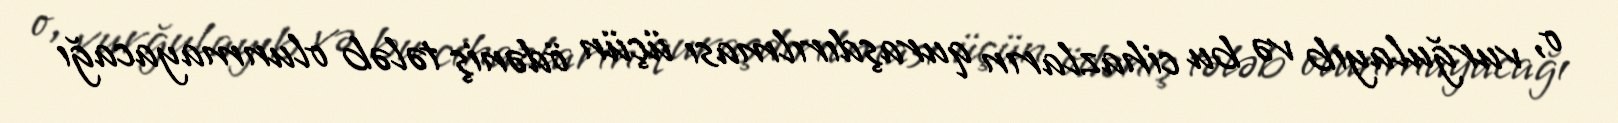
o, vurğulayıb və bu cihazların quraşdırılması üçün ödəniş tələb olunmayacağı